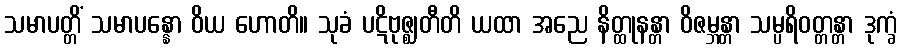
သမာပတ္တိံ သမာပန္နော ဝိယ ဟောတိ။ သုခံ ပဋိဗုဇ္ဈတီတိ ယထာ အညေ နိတ္ထုနန္တာ ဝိဇမ္ဘန္တာ သမ္ပရိဝတ္တန္တာ ဒုက္ခံ